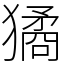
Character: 獝